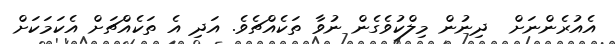
އެއުރެންނަށް  ދިނުން މިލްކުވެގެން ނުވާ ތަކެއްޗެވެ. އަދި އެ ތަކެއްޗަށް އެކަމަކަށް